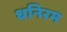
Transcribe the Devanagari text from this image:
धनिरम